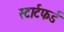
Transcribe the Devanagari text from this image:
स्टार्टफर्ड